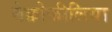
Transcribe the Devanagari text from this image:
नेक्रोफीलिया